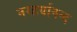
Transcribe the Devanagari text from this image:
नरहर्यानन्द